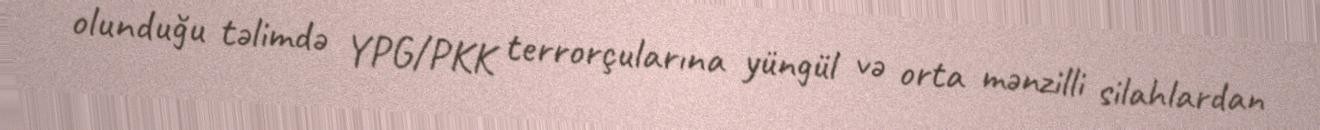
olunduğu təlimdə YPG/PKK terrorçularına yüngül və orta mənzilli silahlardan